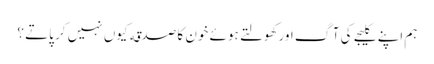
ہم اپنے کلیجے کی آگ اور کھولتے ہوئے خون کا صدقه کیوں نہیں کر پاتے ؟